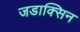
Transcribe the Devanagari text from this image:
जडाक्सिन